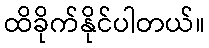
ထိခိုက်နိုင်ပါတယ်။